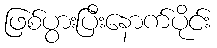
ဖြစ်ပွားပြီးနောက်ပိုင်း